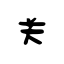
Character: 关